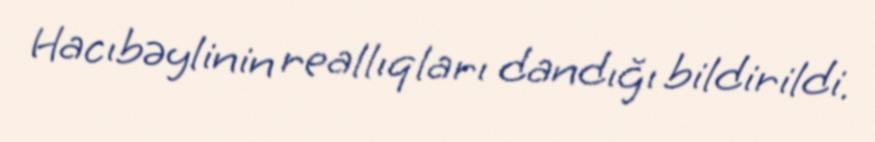
Hacıbəylinin reallıqları dandığı bildirildi.